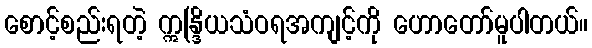
စောင့်စည်းရတဲ့ ဣန္ဒြိယသံဝရအကျင့်ကို ဟောတော်မူပါတယ်။